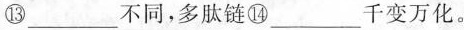
⑬___不同，多肽链⑭___千变万化。